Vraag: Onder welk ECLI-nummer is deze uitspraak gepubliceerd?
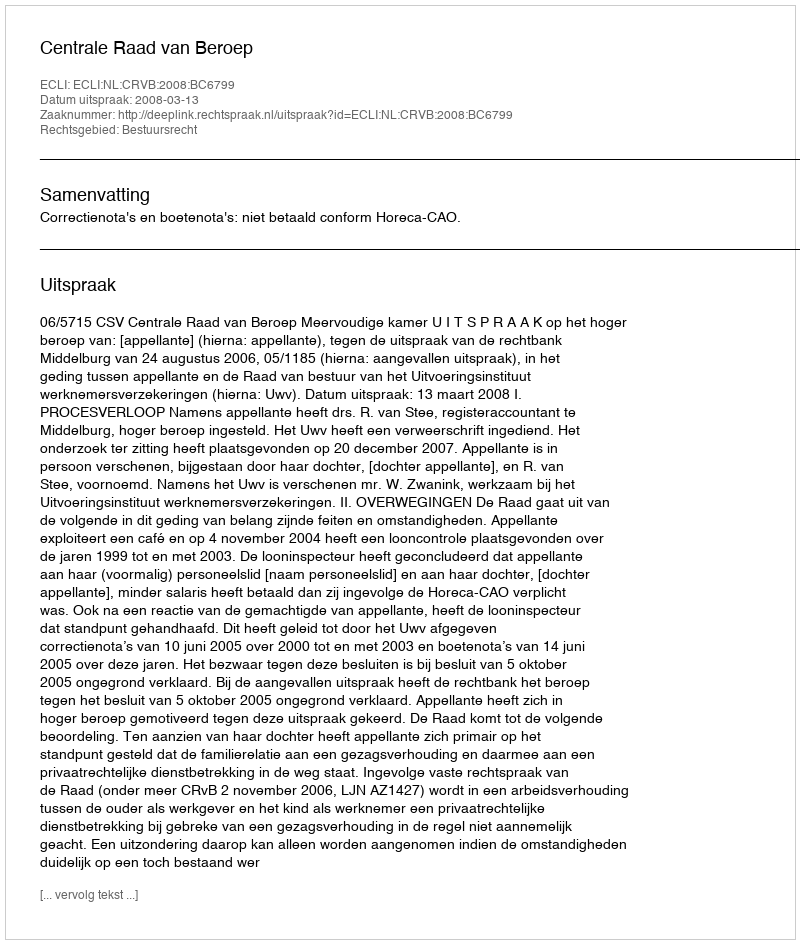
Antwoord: ECLI:NL:CRVB:2008:BC6799